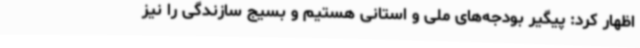
اظهار کرد: پیگیر بودجه‌های ملی و استانی هستیم و بسیج سازندگی را نیز